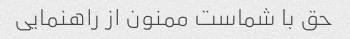
حق با شماست ممنون از راهنمایی